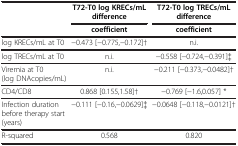
|  | T72-T0 log KRECs/mL difference | T72-T0 log TRECs/mL difference |
 |  | coefficient | coefficient |
 | --- | --- | --- |
 | log KRECs/mL at T0 | −0.473 [−0.775,−0.172]† | n.i. |
 | log TRECs/mL at T0 | n.i. | −0.558 [−0.724,−0.391]‡ |
 | Viremia at T0 (log DNAcopies/mL) | n.i. | −0.211 [−0.373,−0.0482]† |
 | CD4/CD8 | 0.868 [0.155,1.58]† | −0.769 [−1.6,0.057] * |
 | Infection duration before therapy start (years) | −0.111 [−0.16,−0.0629]‡ | −0.0648 [−0.118,−0.0121]† |
 | R-squared | 0.568 | 0.820 |